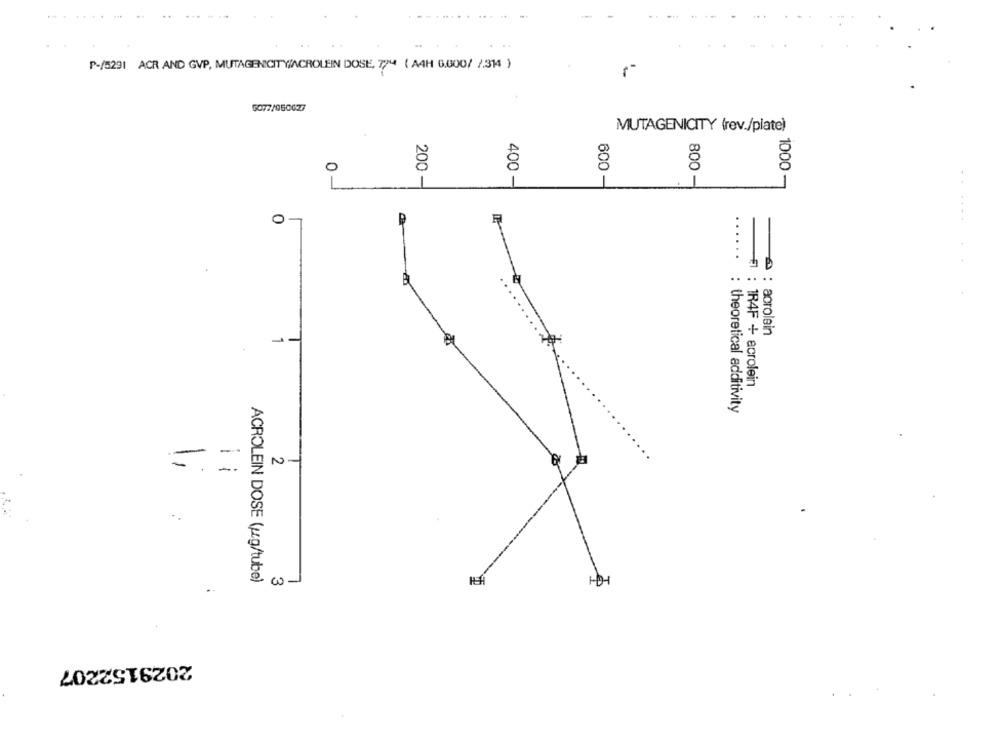
P-/5291 ACR AND GVP, MUTAGENICITYINCROLEIN DOSE, 74 ( AAH 0.000/ /314 )
GO77/950027
MUTAGENICITY (rev./plate)
0
600
400 -
200 -
1
800 -
1000 -
0
.. ....
......
--
: aorolein
: 1R4F + acrolein
: theoretical additivity
-
-
N-
2
ACROLEIN DOSE (wg/tube)
w-
2029152207